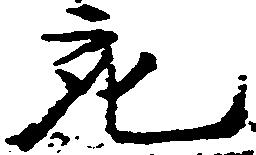
宛